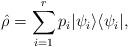
LaTeX: \begin{align*} \hat\rho = \sum_{i=1}^{r} p_i |\psi_i \rangle \langle \psi_i|,\end{align*}